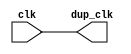
module top
(
    input wire          clk,
    output wire       dup_clk
 );
 
assign dup_clk = clk;
// TODO: generate a quarter-speed clock and output to qrtr_clk
// See https://www.beyond-circuits.com/wordpress/tutorial/tutorial1/ for relevant walkthrough
/*
always @(posedge clk)
begin
    rst_en <= 1'b0;
    if(rx_valid && rx_data == 8'h52)
    begin
        rst_en <= 1'b1;
    end
end
*/
endmodule